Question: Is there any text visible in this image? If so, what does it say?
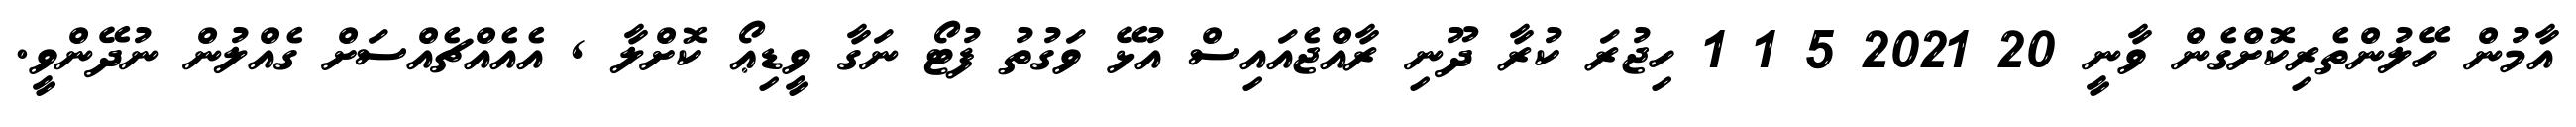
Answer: އާމުން ހޭލުންތެރިކޮށްގެން ވާނީ 20 2021 5 1 1 ހިޖުރަ ކުރާ ދޫނި ރާއްޖެއައިސް އުޅޭ ވަގުތު ފުޓޯ ނަގާ ވީޑިޢޯ ކޮށްލާ , އެއެއްޗެއްސަށް ގެއްލުން ނުދޭންވީ.